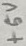
Text: +5V